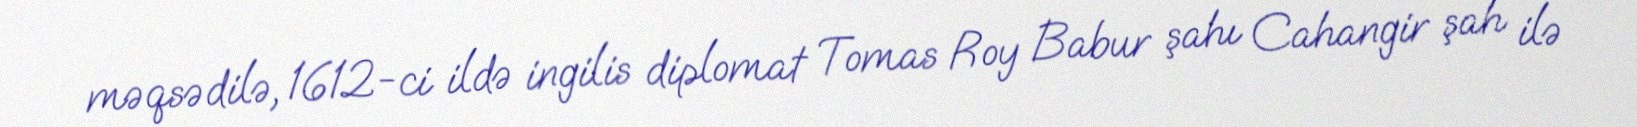
məqsədilə, 1612-ci ildə ingilis diplomat Tomas Roy Babur şahı Cahangir şah ilə